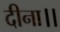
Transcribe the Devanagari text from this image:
दीना।।